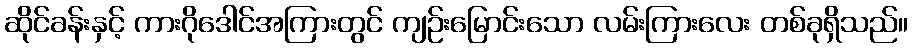
ဆိုင်ခန်းနှင့် ကားဂိုဒေါင်အကြားတွင် ကျဉ်းမြောင်းသော လမ်းကြားလေး တစ်ခုရှိသည်။